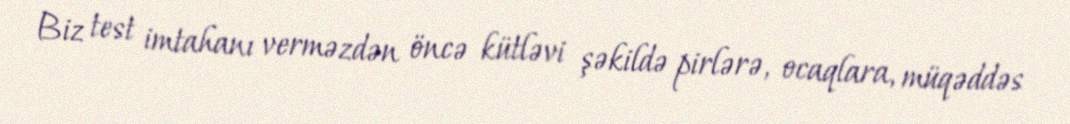
Biz test imtahanı verməzdən öncə kütləvi şəkildə pirlərə, ocaqlara, müqəddəs